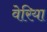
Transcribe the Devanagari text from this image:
वेरिया